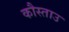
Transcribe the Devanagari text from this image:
कौस्ताउ